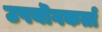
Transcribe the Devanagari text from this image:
उपयॊगकर्ता